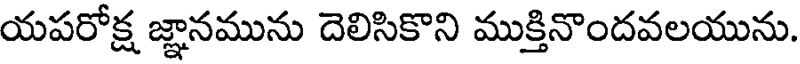
యపరోక్ష జ్ఞానమును దెలిసికొని ముక్తినొందవలయును.